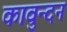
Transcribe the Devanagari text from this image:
कावुन्दन